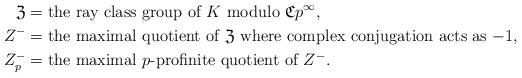
LaTeX: \begin{align*}\mathfrak{Z}&=\textrm{the ray class group of $K$ modulo $\mathfrak{C}p^\infty$,}\\Z^-&=\textrm{the maximal quotient of $\mathfrak{Z}$ where complex conjugation acts as $-1$},\\ Z_p^-&=\textrm{the maximal $p$-profinite quotient of $Z^-$}.\end{align*}